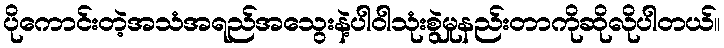
ပိုကောင်းတဲ့အသံအရည်အသွေးနဲ့ပါဝါသုံးစွဲမှုနည်းတာကိုဆိုလိုပါတယ်။